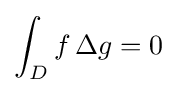
\int _{D}f\,\Delta g=0